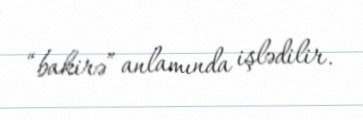
“bakirə” anlamında işlədilir.